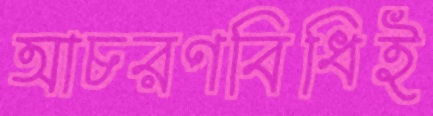
আচরণবিধিই